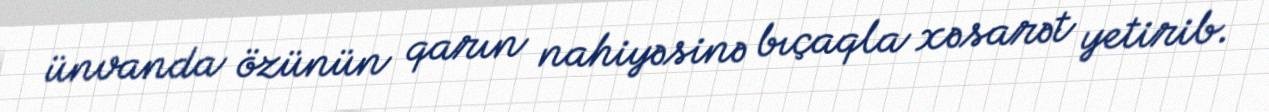
ünvanda özünün qarın nahiyəsinə bıçaqla xəsarət yetirib.